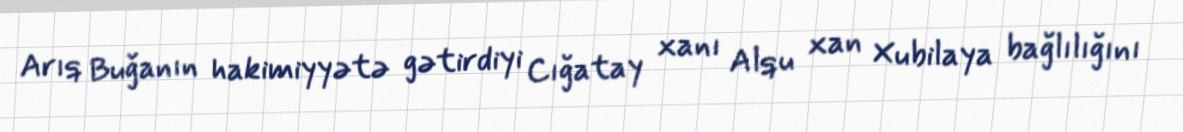
Arıq Buğanın hakimiyyətə gətirdiyi Cığatay xanı Alqu xan Xubilaya bağlılığını